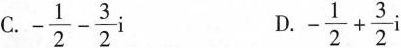
C.$$- \frac { 1 } { 2 } - \frac { 3 } { 2 } i$$ D.$$- \frac { 1 } { 2 } + \frac { 3 } { 2 } i$$